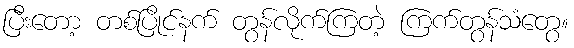
ပြီးတော့ တစ်ပြိုင်နက် တွန်လိုက်ကြတဲ့ ကြက်တွန်သံတွေ။